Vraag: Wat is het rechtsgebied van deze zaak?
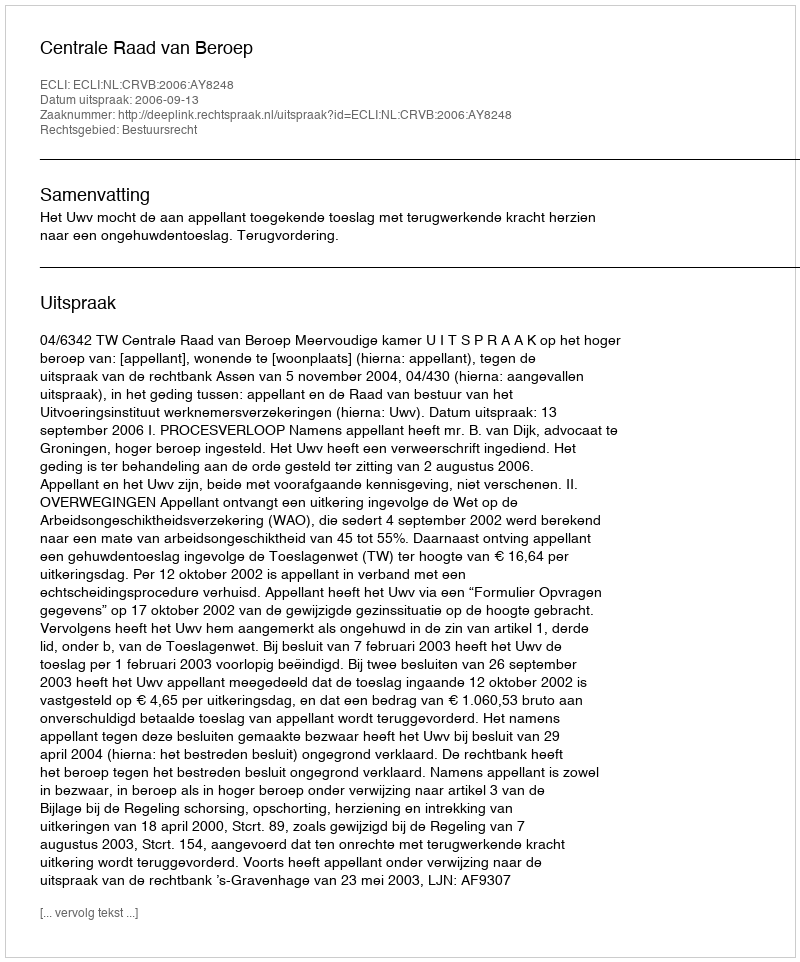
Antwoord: Bestuursrecht